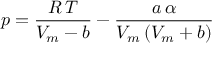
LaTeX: p = { \frac { R \, T } { V _ { m } - b } } - { \frac { a \, \alpha } { V _ { m } \left( V _ { m } + b \right) } }